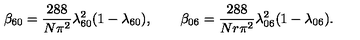
\beta _ { 6 0 } = { \frac { 2 8 8 } { N \pi ^ { 2 } } } \lambda _ { 6 0 } ^ { 2 } ( 1 - \lambda _ { 6 0 } ) , \qquad \beta _ { 0 6 } = { \frac { 2 8 8 } { N r \pi ^ { 2 } } } \lambda _ { 0 6 } ^ { 2 } ( 1 - \lambda _ { 0 6 } ) .